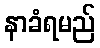
နာခံရမည်